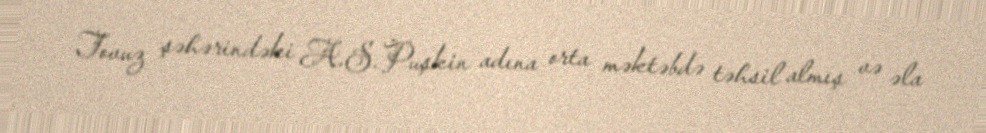
Tovuz şəhərindəki A.S.Puşkin adına orta məktəbdə təhsil almış və əla